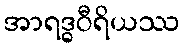
အာရဒ္ဓဝီရိယဿ